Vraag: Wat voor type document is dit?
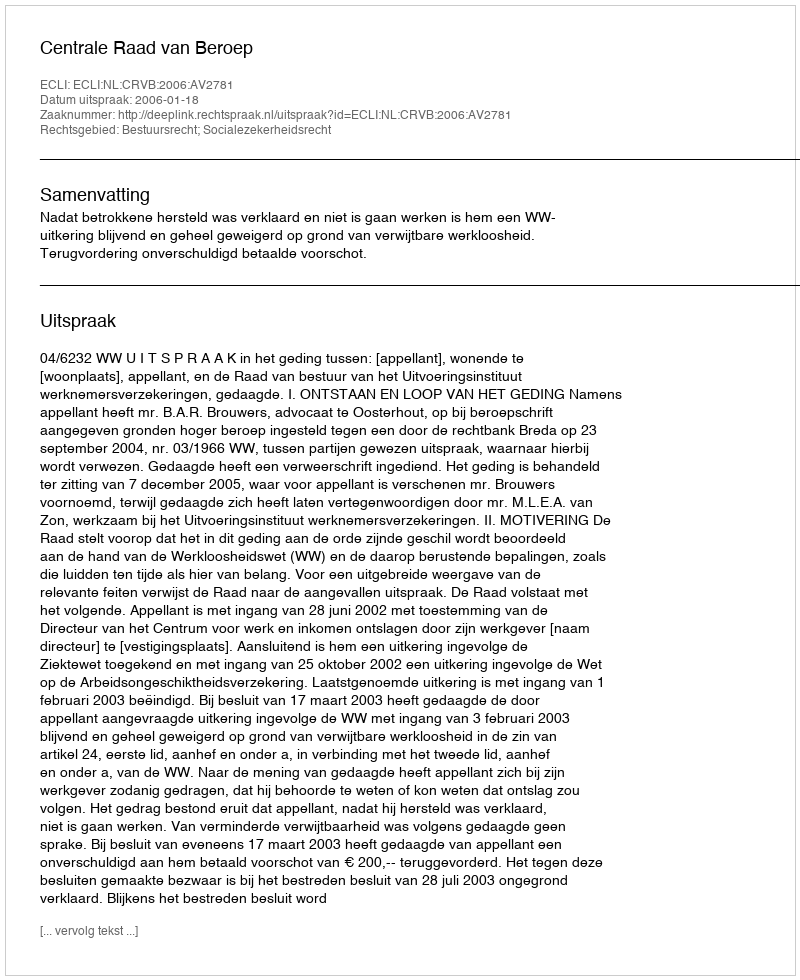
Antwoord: Uitspraak